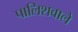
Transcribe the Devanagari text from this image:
पालिशवाले